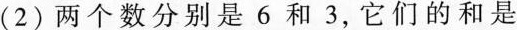
(2)两个数分别是6和3，它们的和是